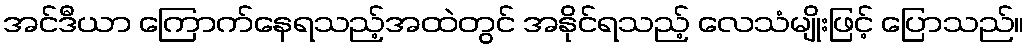
အင်ဒီယာ ကြောက်နေရသည့်အထဲတွင် အနိုင်ရသည့် လေသံမျိုးဖြင့် ပြောသည်။